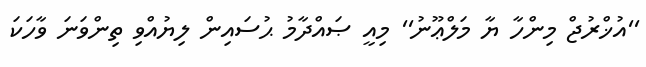
''އުޚްރުޖް މިންހާ ޔާ މަލްޢޫނު'' މިއީ ޞައްދާމު ޙުސައިން ލިޔުއްވި ތިންވަނަ ވާހަކަ